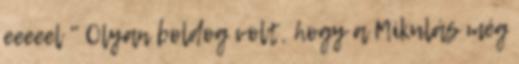
eeeeel " Olyan boldog volt, hogy a Mikulás még